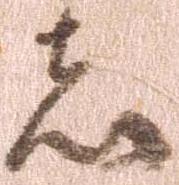
者